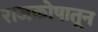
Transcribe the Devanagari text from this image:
राजकोषातून